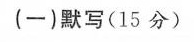
(一)默写(15分)